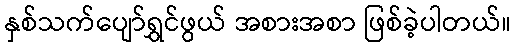
နှစ်သက်ပျော်ရွှင်ဖွယ် အစားအစာ ဖြစ်ခဲ့ပါတယ်။